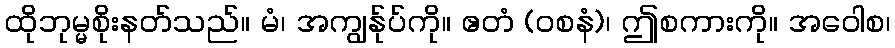
ထိုဘုမ္မစိုးနတ်သည်။ မံ၊ အကျွန်ုပ်ကို။ ဧတံ (ဝစနံ)၊ ဤစကားကို။ အဝေါစ၊